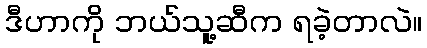
ဒီဟာကို ဘယ်သူ့ဆီက ရခဲ့တာလဲ။